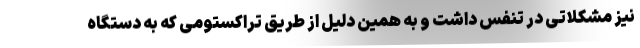
نیز مشکلاتی در تنفس داشت و به همین دلیل از طریق تراکستومی که به دستگاه